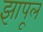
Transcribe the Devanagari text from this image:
झापूल